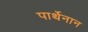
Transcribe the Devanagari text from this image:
पार्थेनान